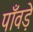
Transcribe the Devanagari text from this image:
पाँवड़े